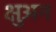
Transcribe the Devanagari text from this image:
क्षुअन